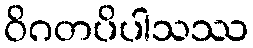
ဝိဂတပိပါသဿ